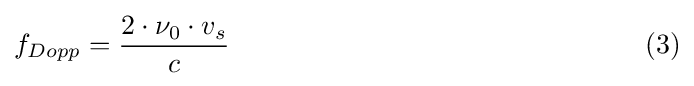
f_{Dopp}={\frac {2\cdot \nu _{0}\cdot v_{s}}{c}}\qquad \qquad \qquad \qquad \qquad \qquad \qquad \quad (3)